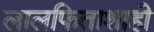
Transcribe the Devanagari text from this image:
लालफिताशाही